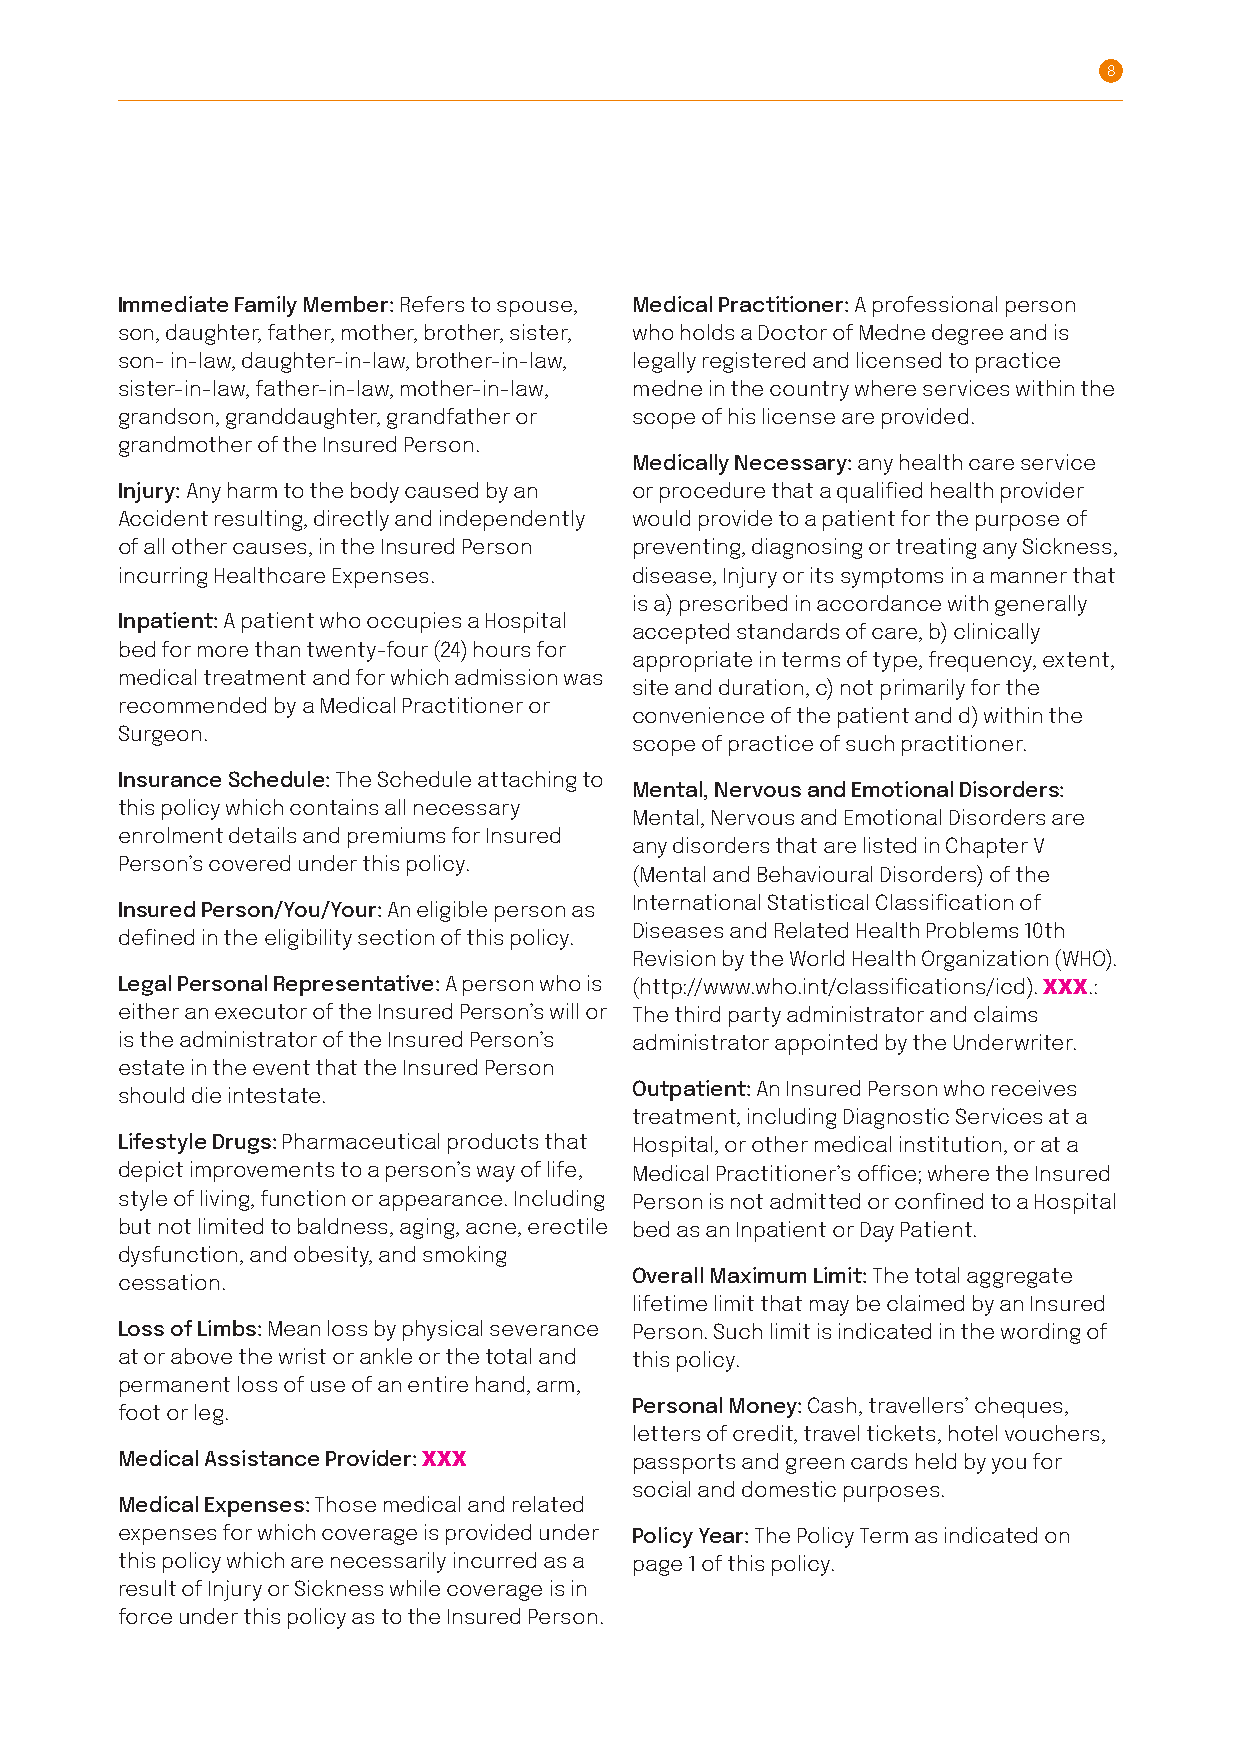
8
 Immediate Family Member: Refers to spouse, Medical Practitioner: A professional person
 son, daughter, father, mother, brother, sister, who holds a Doctor of Medne degree and is
 son- in-law, daughter-in-law, brother-in-law, legally registered and licensed to practice
 sister-in-law, father-in-law, mother-in-law, medne in the country where services within the
 grandson, granddaughter, grandfather or scope of his license are provided .
 grandmother of the Insured Person .
 Medically Necessary: any health care service
 Injury: Any harm to the body caused by an or procedure that a qualified health provider
 Accident resulting, directly and independently would provide to a patient for the purpose of
 of all other causes, in the Insured Person preventing, diagnosing or treating any Sickness,
 incurring Healthcare Expenses .   disease, Injury or its symptoms in a manner that
 is a) prescribed in accordance with generally
 Inpatient: A patient who occupies a Hospital
 accepted standards of care, b) clinically
 bed for more than twenty-four (24) hours for
 appropriate in terms of type, frequency, extent,
 medical treatment and for which admission was
 site and duration, c) not primarily for the
 recommended by a Medical Practitioner or
 convenience of the patient and d) within the
 Surgeon .
 scope of practice of such practitioner .
 Insurance Schedule: The Schedule attaching to
 Mental, Nervous and Emotional Disorders:
 this policy which contains all necessary
 Mental, Nervous and Emotional Disorders are
 enrolment details and premiums for Insured
 any disorders that are listed in Chapter V
 Person’s covered under this policy.
 (Mental and Behavioural Disorders) of the
 International Statistical Classification of
 Insured Person/You/Your: An eligible person as
 Diseases and Related Health Problems 10th
 defined in the eligibility section of this policy.
 Revision by the World Health Organization (WHO).
 Legal Personal Representative: A person who is (http://www.who.int/classifications/icd). XXX.:
 either an executor of the Insured Person’s will or The third party administrator and claims
 is the administrator of the Insured Person’s administrator appointed by the Underwriter.
 estate in the event that the Insured Person
 Outpatient: An Insured Person who receives
 should die intestate .
 treatment, including Diagnostic Services at a
 Lifestyle Drugs: Pharmaceutical products that Hospital, or other medical institution, or at a
 depict improvements to a person’s way of life, Medical Practitioner’s office; where the Insured
 style of living, function or appearance. Including Person is not admitted or confined to a Hospital
 but not limited to baldness, aging, acne, erectile bed as an Inpatient or Day Patient.
 dysfunction, and obesity, and smoking
 Overall Maximum Limit: The total aggregate
 cessation .
 lifetime limit that may be claimed by an Insured
 Loss of Limbs: Mean loss by physical severance Person . Such limit is indicated in the wording of
 at or above the wrist or ankle or the total and this policy.
 permanent loss of use of an entire hand, arm,
 Personal Money: Cash, travellers’ cheques,
 foot or leg .
 letters of credit, travel tickets, hotel vouchers,
 Medical Assistance Provider: XXX  passports and green cards held by you for
 social and domestic purposes .
 Medical Expenses: Those medical and related
 expenses for which coverage is provided under Policy Year: The Policy Term as indicated on
 this policy which are necessarily incurred as a page 1 of this policy.
 result of Injury or Sickness while coverage is in
 force under this policy as to the Insured Person.